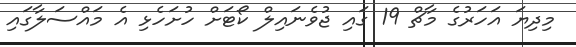
މިދިޔަ އަހަރުގެ މާޗް 19 ގައި ޖުވެނައިލް ކޯޓަށް ހުށަހެޅި އެ މައްސަލާގައި